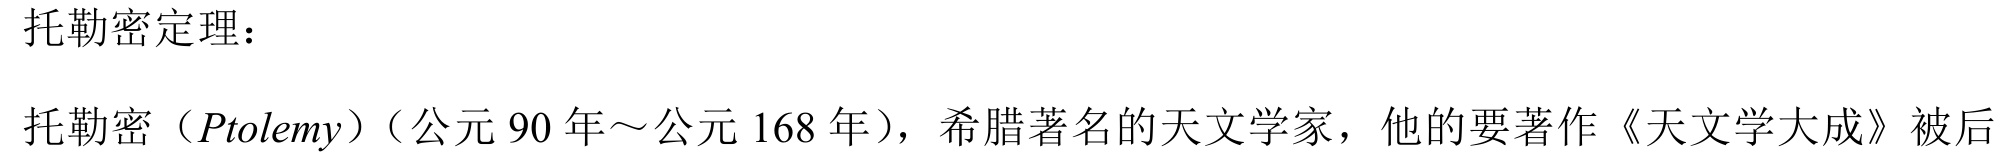
托勒密定理：

托勒密（\(Ptolemy\)）（公元 90 年～公元 168 年），希腊著名的天文学家，他的要著作《天文学大成》被后